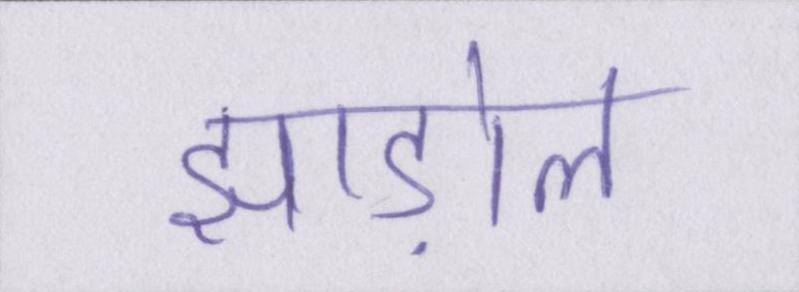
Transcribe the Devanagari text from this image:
झाड़ोल